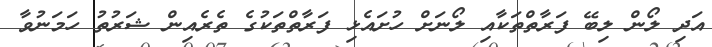
އަދި ލޯން ލިބޭ ފަރާތްތަކާއި ލޯނަށް ހުށައެޅި ފަރާތްތަކުގެ ތެރެއިން ޝަރުތު ހަމަނުވާ